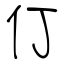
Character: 仃